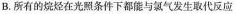
B.所有的烷烃在光照条件下都能与氯气发生取代反应